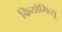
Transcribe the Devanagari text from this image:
कियोमित्सू